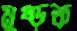
মুষ্‌ড়ক